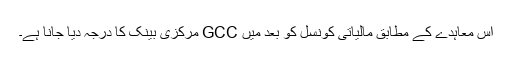
اس معاہدے کے مطابق مالیاتی کونسل کو بعد میں GCC مرکزی بینک کا درجہ دیا جانا ہے۔